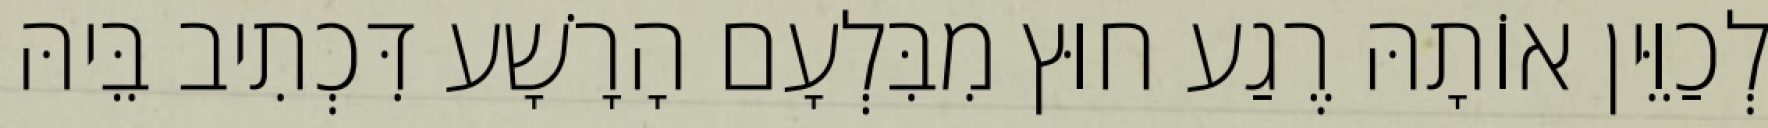
לְכַוֵּין אוֹתָהּ רֶגַע חוּץ מִבִּלְעָם הָרָשָׁע דִּכְתִיב בֵּיהּ